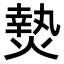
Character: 𭵴